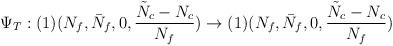
LaTeX: \begin{align*}\Psi_{T}: (1) (N_{f}, \bar{N}_{f}, 0, \frac{\tilde{N}_{c}-N_{c}}{N_{f}})\rightarrow (1) (N_{f}, \bar{N}_{f}, 0, \frac{\tilde{N}_{c}-N_{c}}{N_{f}})\end{align*}